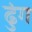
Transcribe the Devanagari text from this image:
ढुंग